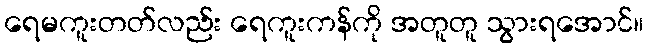
ရေမကူးတတ်လည်း ရေကူးကန်ကို အတူတူ သွားရအောင်။